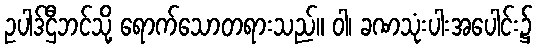
ဥပါဒ်ဌီဘင်သို့ ရောက်သောတရားသည်။ ဝါ၊ ခဏသုံးပါးအပေါင်း၌